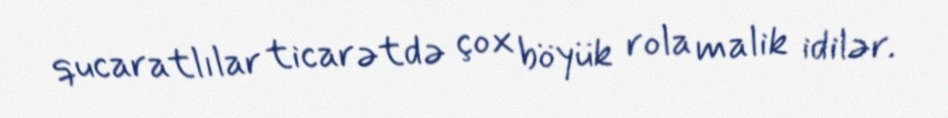
qucaratlılar ticarətdə çox böyük rola malik idilər.